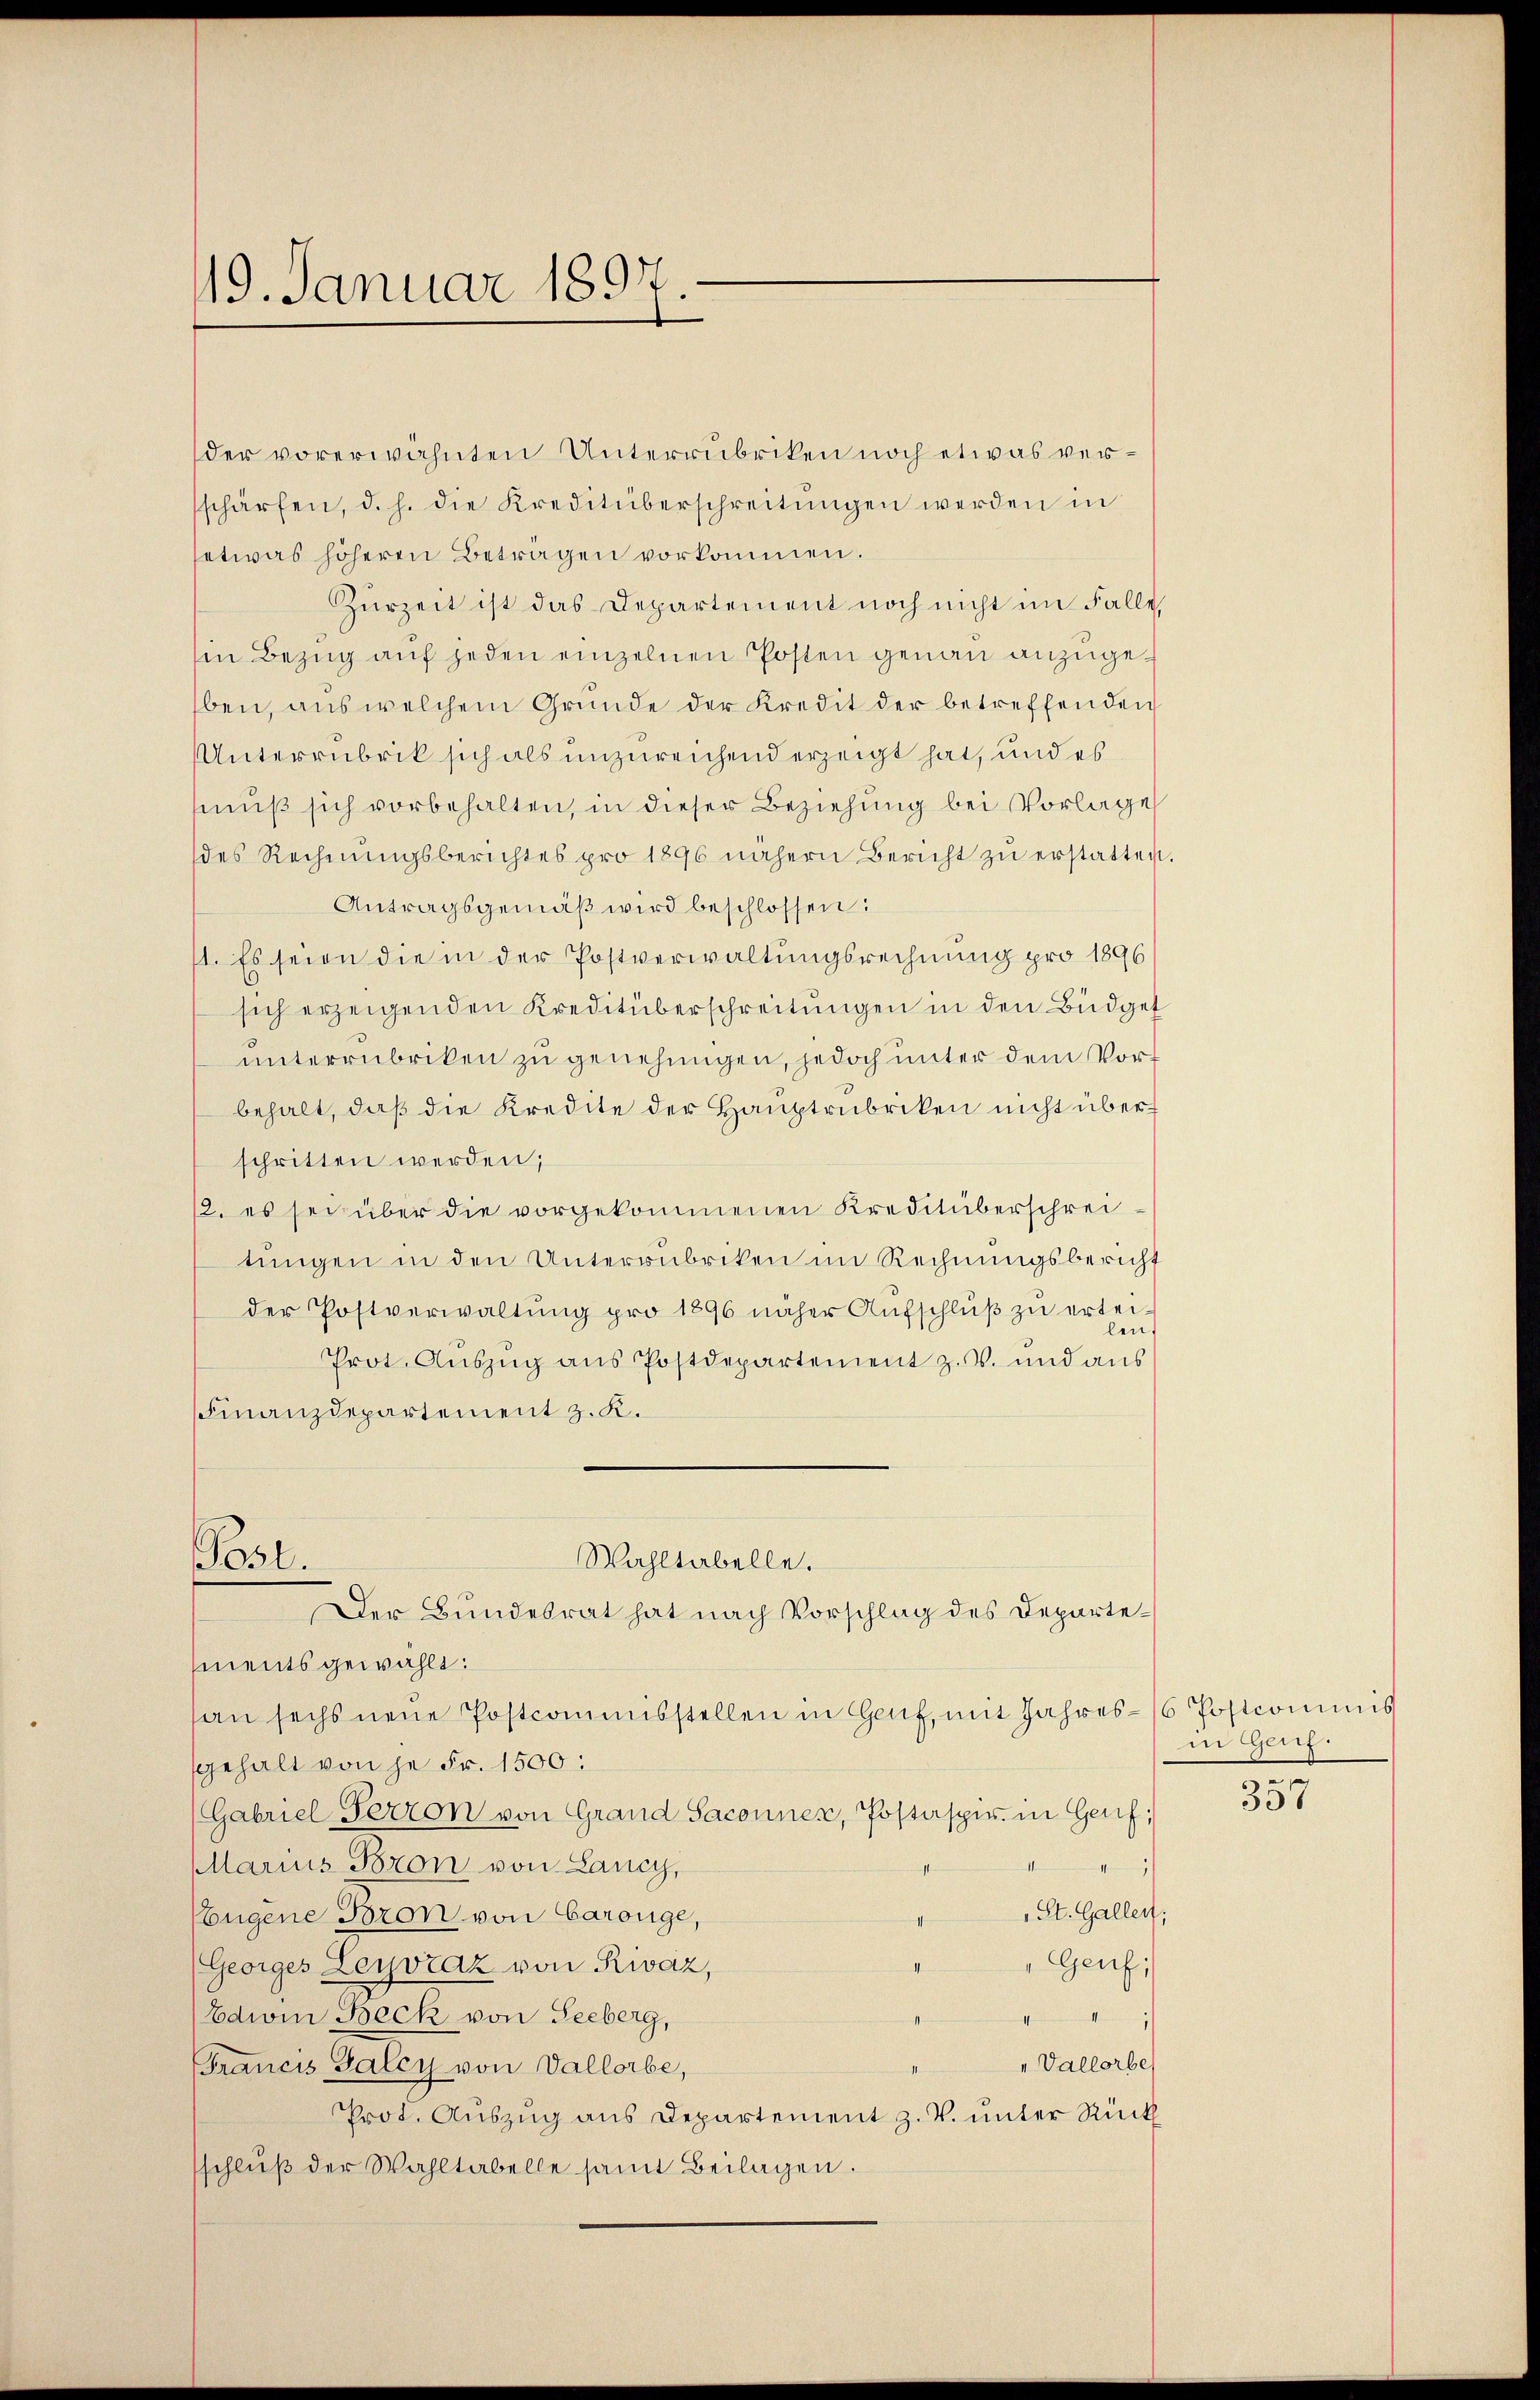
19. Januar 1897.

der vorerwähnten Unterrubriken noch etwas verschärfen, d. h. die Kreditüberschreitŭngen werden in
etwas höheren Beträgen vorkommen.
Zürzeit ist das Departement noch nicht im Falle,
Ein Bezug auf jeden einzelnen Posten genau anzugeben, aus welchem Grunde der Kredit der betreffenden
Unterrubrik sich als unzureichend erzeigt hat, und es
muß sich vorbehalten, in dieser Beziehung bei Vorlage
des Rechnŭngsberichtes pro 1896 nähern Bericht zŭ erstatten
Antragsgemäβ wird beschlossen:
1. Es seien die in der Postverwaltungsrechnung pro 1896
sich erzeigenden Kreditüberschreitungen in den Büdget
unterrubriken zu genehmigen, jedoch unter dem Vort
behalt, daß die Kredite der Hauptrubriken nicht über
schritten werden;
2. es sei über die vorgekommenen Kreditüberschreitŭngen in den Unterrubriken im Rechnungsbericht
der Postverwaltung pro 1896 näher Aufschluß zu erteilen
Prot. Auszug aus Postdepartement z. V. und aus
Finanzdepartement z. K.
Pasl.
Wahltabelle.
Der Bundesrat hat nach Vorschlag des Departements gewählt:
an sechs neue Postcommisstellen in Hanf, mit Jahres-/6 Postcommis
sgehalt von je Fr. 1500:
(Gabriel Perron von Grand Saconner, Postaspir. in Genf;
Marius Fron von Lancy,
mitten
" St. Gallen
Eugene Baron von Carouge,
Genf,
Georges Leyvraz von Rivaz,
Edwin Beck von Seeberg,
"Vallorbe
Francis Saley von Vallorbe,
Prot. Auszug aus Departement z. V. unter Rück
sschlŭβ der Wahltabelle samt Beilagen.

in Genf.

357